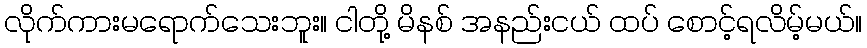
လိုက်ကားမရောက်သေးဘူး။ ငါတို့ မိနစ် အနည်းငယ် ထပ် စောင့်ရလိမ့်မယ်။